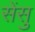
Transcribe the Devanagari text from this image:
सेंसु